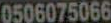
0506075066